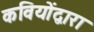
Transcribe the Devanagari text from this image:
कवियोंद्वारा